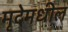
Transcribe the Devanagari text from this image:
मृदेमधील